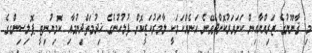
މި ޤާނޫނުގެ ޒަރިއްޔާއިން ކަށަވަރުކޮށްދެވޭނެ އަނެއްކަމަކީ ލާމަރުކަޒީކޮށް ފުލުހުންގެ ޚިދުމަތްދިނުމާއި ކޮމިޔުނިޓީ ޕޮލިސިންގގެ